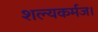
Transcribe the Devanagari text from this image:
शल्यकर्मज।